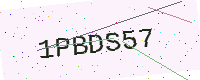
Text: 1PBDS57